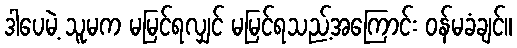
ဒါပေမဲ့ သူမက မမြင်ရလျှင် မမြင်ရသည့်အကြောင်း ဝန်မခံချင်။